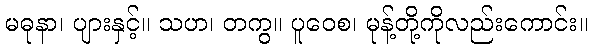
မဓုနာ၊ ပျားနှင့်။ သဟ၊ တကွ။ ပူဝေစ၊ မုန့်တို့ကိုလည်းကောင်း။